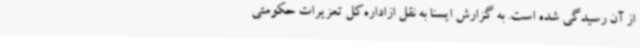
از آن رسیدگی شده است. به گزارش ایسنا به نقل ازاداره‌کل تعزیرات حکومتی